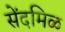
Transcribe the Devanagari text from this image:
सेंदमिळ